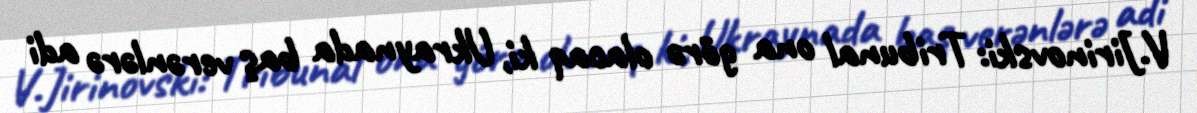
V.Jirinovski: Tribunal ona görə olacaq ki, Ukraynada baş verənlərə adi